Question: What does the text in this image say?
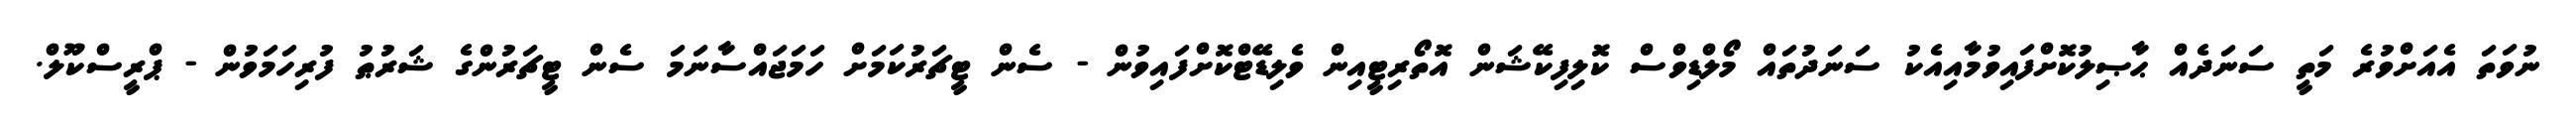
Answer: ނުވަތަ އެއަށްވުރެ މަތީ ސަނަދެއް ޙާޞިލުކޮށްފައިވުމާއިއެކު ސަނަދުތައް މޯލްޑިވްސް ކޮލިފިކޭޝަން އޮތޯރިޓީއިން ވެލިޑޭޓްކޮށްފައިވުން - ސެން ޓީޗަރުކަމަށް ހަމަޖައްސާނަމަ ސެން ޓީޗަރުންގެ ޝަރުޠު ފުރިހަމަވުން - ޕްރީސްކޫލް.